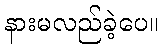
နားမလည်ခဲ့ပေ။